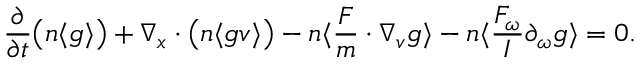
\frac { \partial } { \partial t } \big ( n \langle g \rangle \big ) + \nabla _ { \boldsymbol { x } } \cdot \big ( n \langle g \boldsymbol { v } \rangle \big ) - n \langle \frac { \boldsymbol { F } } { m } \cdot \nabla _ { \boldsymbol { v } } g \rangle - n \langle \frac { F _ { \omega } } { I } \partial _ { \omega } g \rangle = 0 .